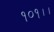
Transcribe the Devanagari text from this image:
१०१।।